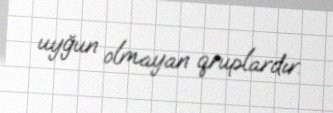
uyğun olmayan qruplardır.